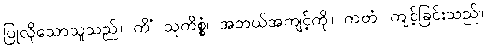
ပြုလိုသောသူသည်။ ကိံ သုကိစ္စံ၊ အဘယ်အကျင့်ကို။ ကတံ၊ ကျင့်ခြင်းသည်။